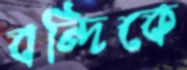
বন্দিকে